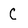
Character: C